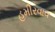
હમીરવાવ